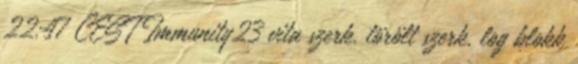
22:47 CEST Immunity23 vita szerk. törölt szerk. log blokk